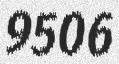
9506